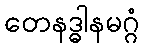
တေနဒ္ဓါနမဂ္ဂံ